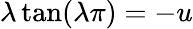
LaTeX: \lambda\tan(\lambda\pi)=-u